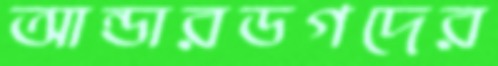
আন্ডারডগদের